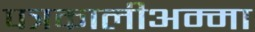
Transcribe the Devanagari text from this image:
पत्रकालीअम्मा